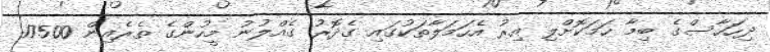
ދިހަހާސްގެ ބިމާ ހަމަކޮށްލި އިރު އެހަމަލާތަކުގައި ގެދޮރު ގެއްލުނު މީހުންގެ ތެރެއިން 17500